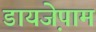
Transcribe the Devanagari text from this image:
डायजे़पाम